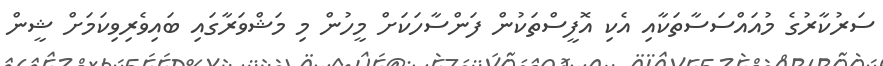
ސަރުކާރުގެ މުއައްސަސާތަކާއި އެކި އޮފީސްތަކުން ފަންސާހަކަށް މީހުން މި މަޝްވަރާގައި ބައިވެރިވިކަމަށް ޝީން